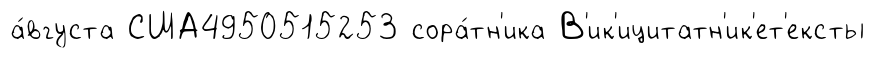
а́вгуста США4950515253 сора́тн'ика В'ик'ицитатн'ик'ет'ексты